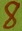
Text: 8